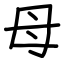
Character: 母